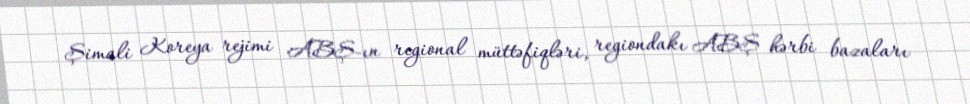
Şimali Koreya rejimi ABŞ-ın regional müttəfiqləri, regiondakı ABŞ hərbi bazaları